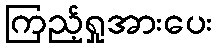
ကြည့်ရှုအားပေး